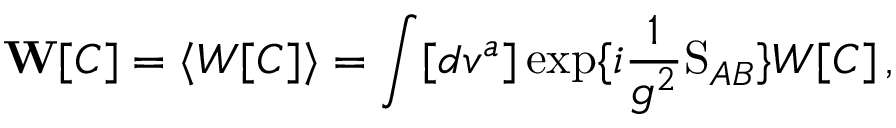
{ \bf W } [ C ] = \langle W [ C ] \rangle = \int [ d v ^ { a } ] \exp \{ i \frac { 1 } { g ^ { 2 } } \mathrm { S } _ { A B } \} W [ C ] \, ,